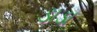
ડાડા